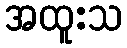
အထူးသ